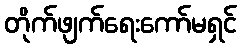
တိုက်ဖျက်ရေးကော်မရှင်